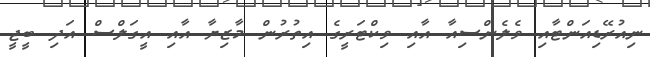
ނިއުރޭޑިއަންޓާއި ވެލެންސިއާ އާއި ވިކްޓަރީގެ އިތުރުން މާޒިޔާ އާއި އީގަލްސް އަދި ބީޖީ